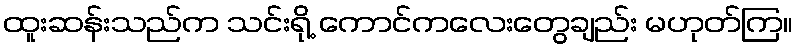
ထူးဆန်းသည်က သင်းရို့ ကောင်ကလေးတွေချည်း မဟုတ်ကြ။